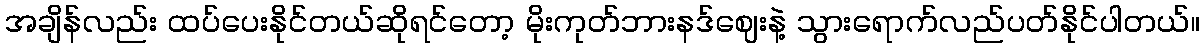
အချိန်လည်း ထပ်ပေးနိုင်တယ်ဆိုရင်တော့ မိုးကုတ်ဘားနဒ်ဈေးနဲ့ သွားရောက်လည်ပတ်နိုင်ပါတယ်။